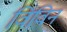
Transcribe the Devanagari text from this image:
विविन